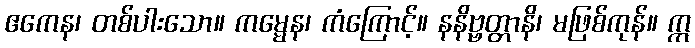
ဧကေန၊ တစ်ပါးသော။ ကမ္မေန၊ ကံကြောင့်။ နနိဗ္ဗတ္တာနိ၊ မဖြစ်ကုန်။ ဣ